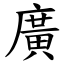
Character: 廣